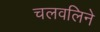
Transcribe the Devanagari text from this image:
चलवलिने